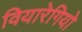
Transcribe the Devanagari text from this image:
वियारेगियो